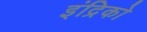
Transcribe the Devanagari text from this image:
इंद्रिको